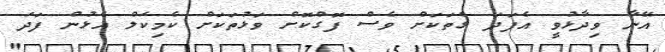
އޭނާ ވިދާޅުވީ އެފަދަ ގެތަކަށް ވެސް ފޮގްކޮށް ވަޅުތަކަށް ކެމިކަލް އެޅުން ފަދަ